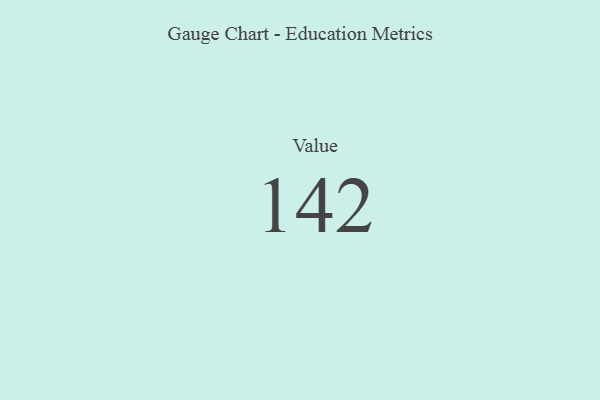
{"axis": {"x": "Metric", "y": "Value"}, "legend": [""], "data": [{"x": "Value", "y": 142, "type": ""}]}